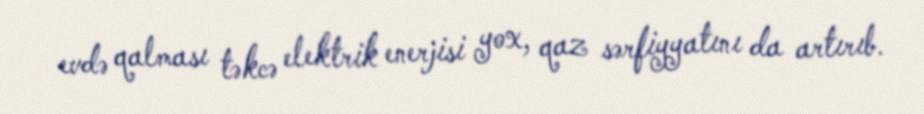
evdə qalması təkcə elektrik enerjisi yox, qaz sərfiyyatını da artırıb.